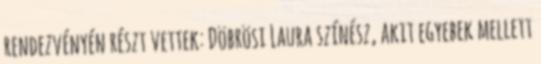
rendezvényén részt vettek: Döbrösi Laura színész, akit egyebek mellett